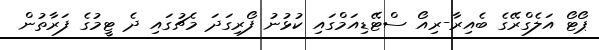
ޕޯޓޯ އަލެގްރޭގެ ބެއިރާ-ރިއޯ ސްޓޭޑިއަމްގައި ކުޅުނު ފޯރިގަދަ މެޗުގައި ދެ ޓީމުގެ ފަރާތުން